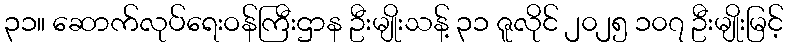
၃၁။ ဆောက်လုပ်ရေးဝန်ကြီးဌာန ဦးမျိုးသန့် ၃၁ ဇူလိုင် ၂၀၂၅ ၁၀၇ ဦးမျိုးမြင့်